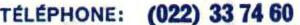
TÉLÉPHONE: (022) 33 74 60